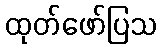
ထုတ်ဖော်ပြသ